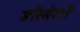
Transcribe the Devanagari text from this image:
डॉरमेटरी